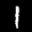
Label: 1